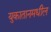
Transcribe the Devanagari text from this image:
युकातानमधील